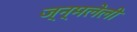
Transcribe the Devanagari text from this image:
ज्न्मलेली